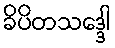
ခိပိတသဒ္ဒေါ